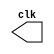
// Guia 09-03 - Gerador de pulso
// Nome:  Marley RIbeiro



module clock ( clk ); 
	
	output clk; 
	reg clk; 

initial 
	begin 
		clk = 1'b0; 
	end 
//--------------------------------------------------------------------------------------

always 
	begin 
		#60 clk = ~clk; 
	end 
endmodule 

//--------------------------------------------------------------------------------------


module pulse ( signal, clock ); 
	
	input clock; 
	output signal; 
	reg signal; 
	
always @ ( clock ) 
	begin 
		 signal = 1'b0; 
	# 15signal = 1'b1; 
	# 15 signal = 1'b0; 
  
end 
endmodule 

//--------------------------------------------------------------------------------------

		
module trigger ( signal, on, clock ); 

	input on, clock; 
	output signal; 
	reg signal; 
	
always @ ( negedge clock & on ) 
	begin 
		#15 signal = 1'b1; 
		#15 signal = 1'b0; 
end 
endmodule  

//--------------------------------------------------------------------------------------


module testeclock_quadruplofrequencia; 

	wire clk; 
	clock clk1 ( clk ); 
	reg p; 
	wire p1, t1; 
	pulse pulse1 ( p1, clk ); 

initial begin 
	p = 1'b0; 
end 

initial begin 
$dumpfile ( "testeclock_quadruplofrequencia.vcd" ); 
$dumpvars ( 1, clk, p1, p ); 
	#060 p = 1'b1; 
	#120 p = 1'b0; 
	#180 p = 1'b1; 
	#240 p = 1'b0; 
	#300 p = 1'b1; 
	#360 p = 1'b0; 
	#376 $finish; 
end 
endmodule